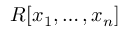
R [ x _ { 1 } , \dots , x _ { n } ]